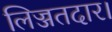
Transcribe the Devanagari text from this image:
लिज्जतदार।